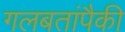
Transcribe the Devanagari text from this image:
गलबतांपैकी